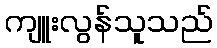
ကျူးလွန်သူသည်